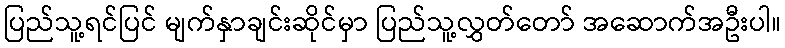
ပြည်သူ့ရင်ပြင် မျက်နှာချင်းဆိုင်မှာ ပြည်သူ့လွှတ်တော် အဆောက်အဦးပါ။